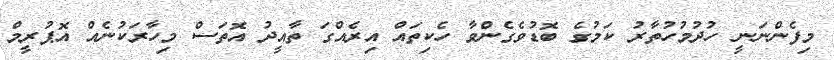
މިފެންނަނީ ހުދުމުހުތާރު ކަމުގެ ބޮޑުވެގެންވާ ހެކިތައް އިރެއްގަ ތާއީދު އޮތަސް މިހާރަކުނެއް އޮޕުރީމް